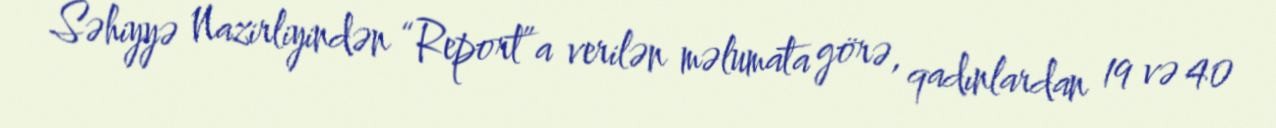
Səhiyyə Nazirliyindən “Report”a verilən məlumata görə, qadınlardan 19 və 40